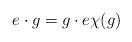
LaTeX: \begin{align*}e\cdot g= g\cdot e \chi(g)\end{align*}